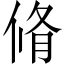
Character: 脩